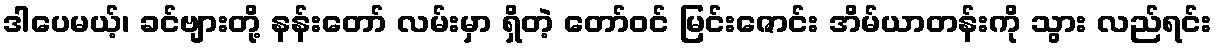
ဒါပေမယ့်၊ ခင်ဗျားတို့ နန်းတော် လမ်းမှာ ရှိတဲ့ တော်ဝင် မြင်းဇောင်း အိမ်ယာတန်းကို သွား လည်ရင်း